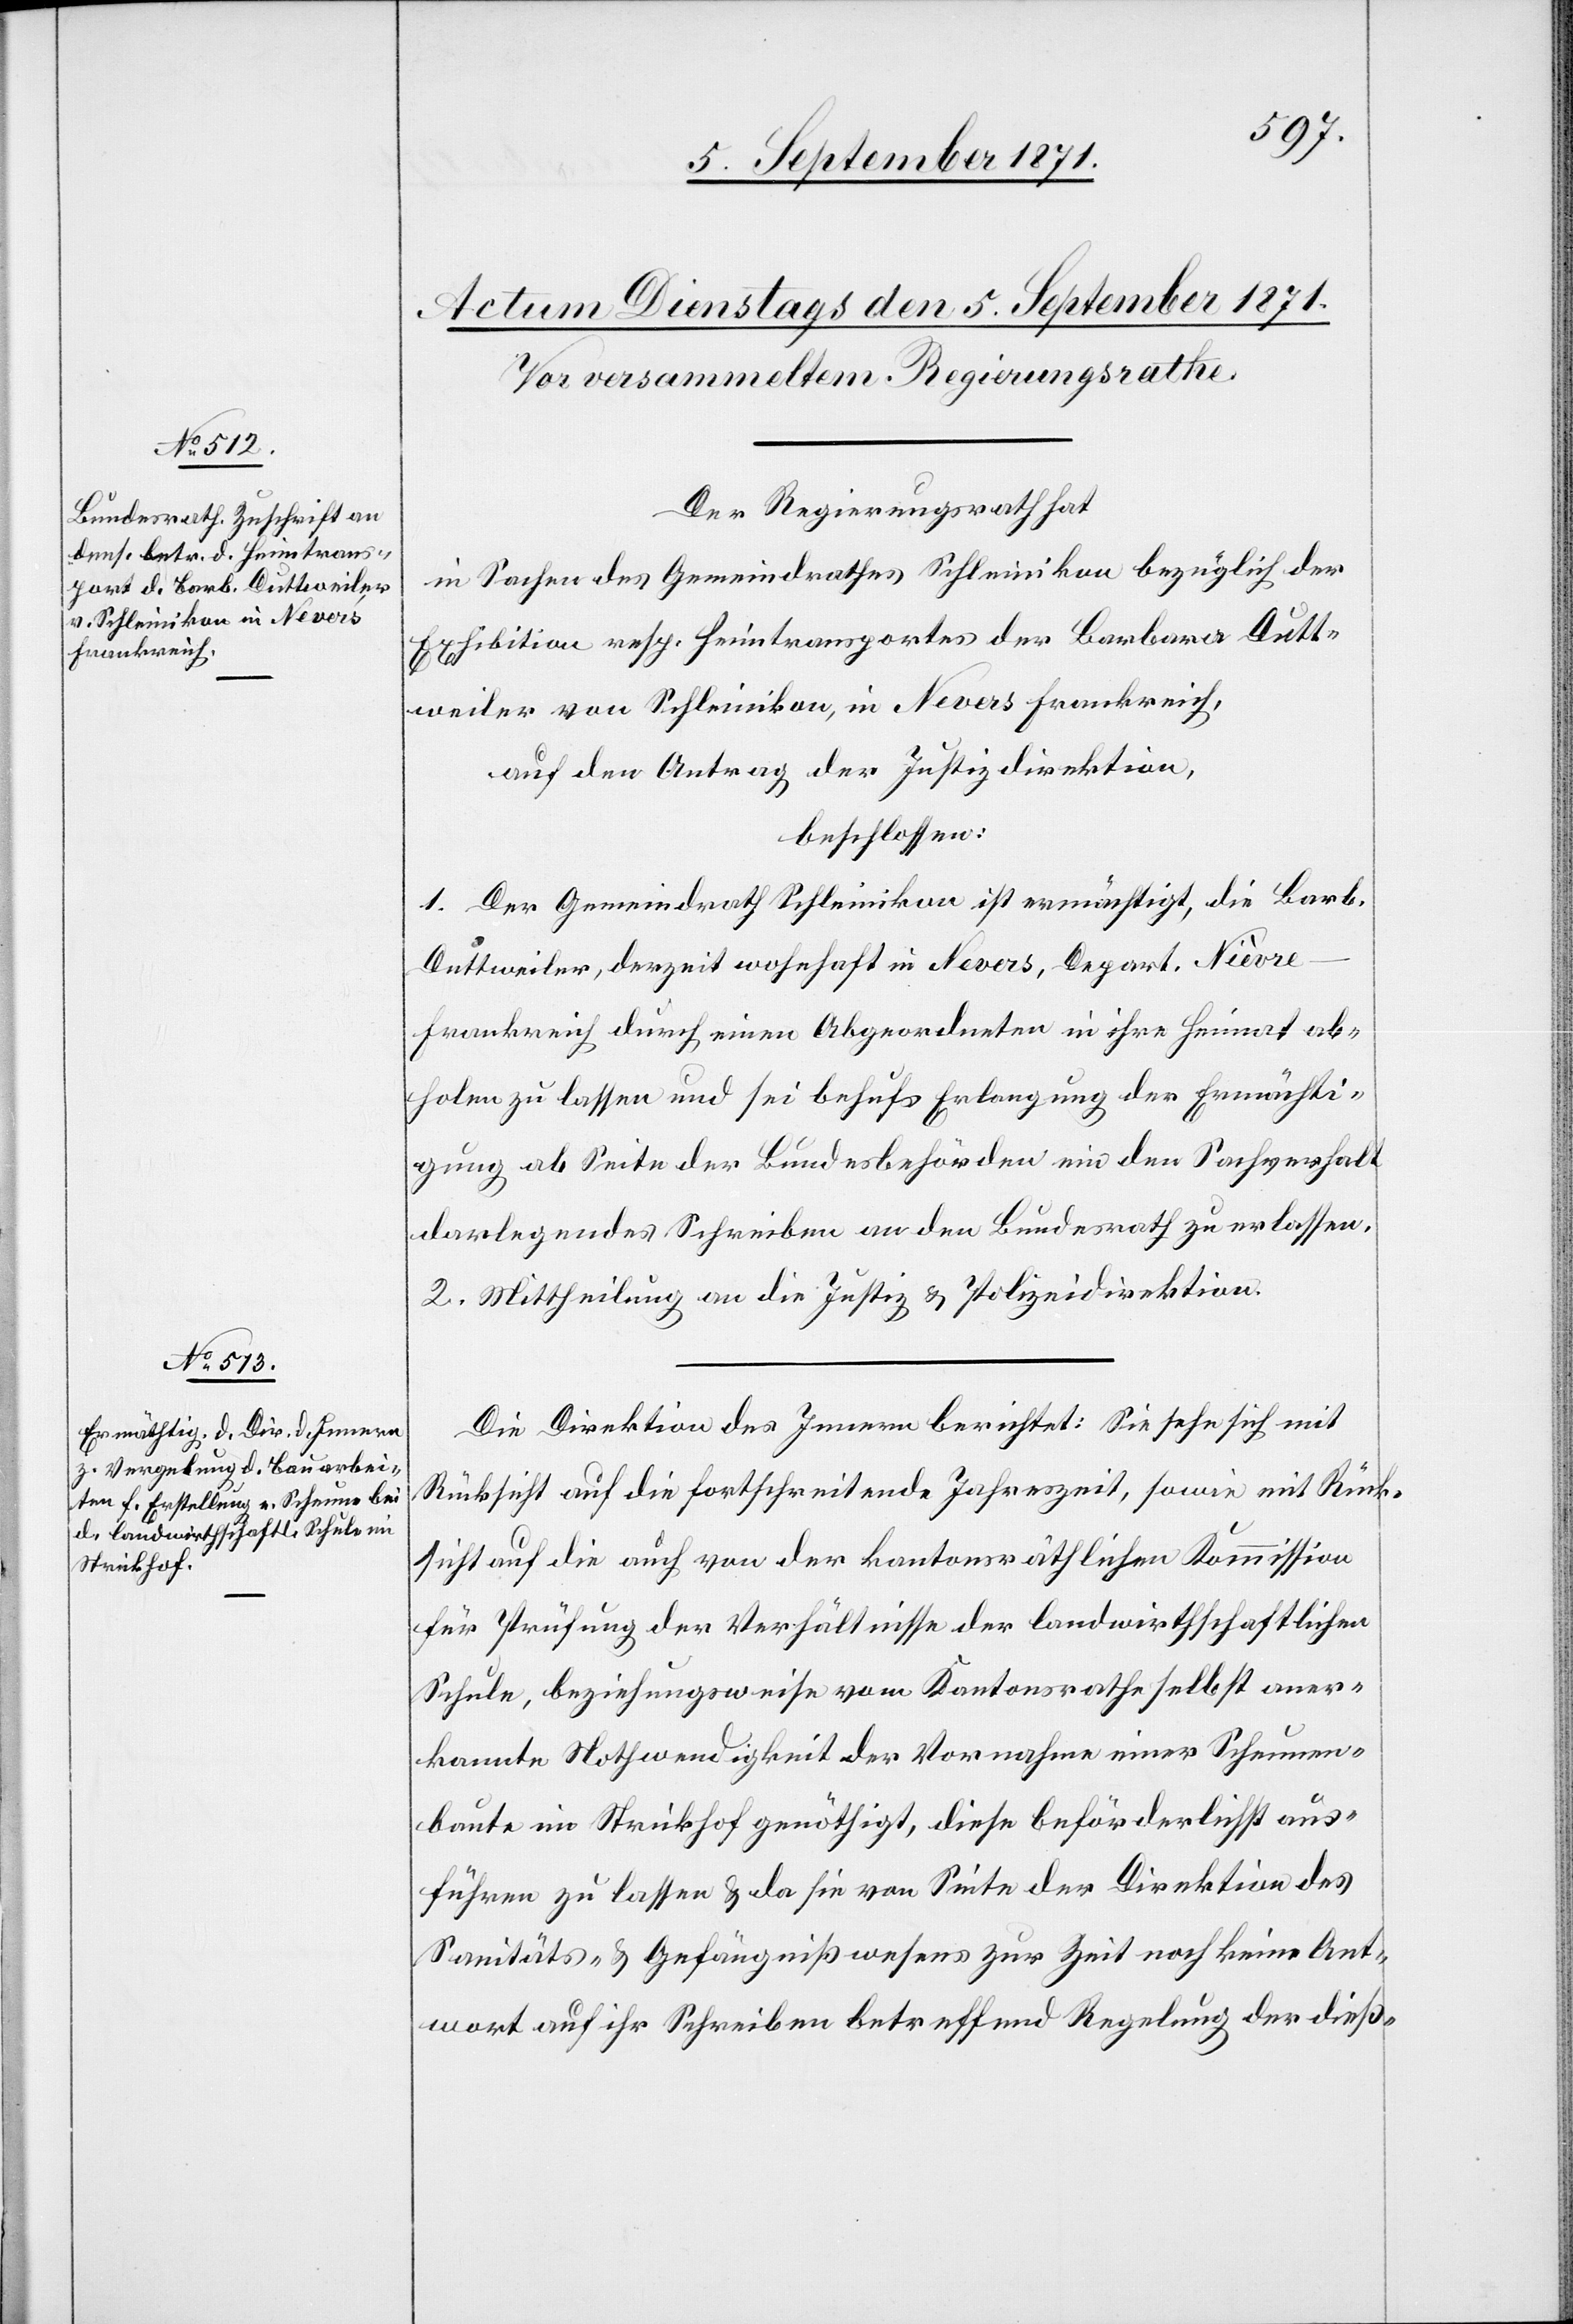
Der Regierungsrath hat
in Sachen des Gemeindrathes Schleinikon bezüglich der
Exhibition resp. Heimtransportes der Barbara Dutt¬
weiler von Schleinikon, in Nevers Frankreich,
auf den Antrag der Justizdirektion
beschlossen:
1. Der Gemeindrath Schleinikon ist ermächtigt, die [Barb¬
ara]
Duttweiler, derzeit wohnhaft in Nevers, Depart. Nièvre
Frankreich durch einen Abgeordneten in ihre Heimat ab¬
holen zu lassen und sei behufs Erlangung der Ermächti¬
gung ab Seite der Bundesbehörden ein den Sachverhalt
darlegendes Schreiben an den Bundesrath zu erlassen.
2. Mittheilung an die Justiz- & Polizeidirektion.
Die Direktion des Innern berichtet: Sie sehe sich mit
Rücksicht auf die fortschreitende Jahreszeit, sowie mit Rück¬
sicht auf die auch von der kantonsräthlichen Kommission
für Prüfung der Verhältnisse der landwirtschaftlichen
Schule, beziehungsweise vom Kantonsrathe selbst aner¬
kannte Nothwendigkeit der Vornahme einer Scheunen¬
baute im Strickhof genöthigt, diese beförderlichst aus¬
führen zu lassen & da sie von Seite der Direktion des
Sanitäts- & Gefängnißwesens zur Zeit noch keine Ant¬
wort auf ihr Schreiben betreffend Regelung der dieß-